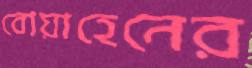
বোয়াহেনের